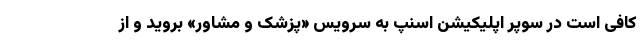
کافی است در سوپر اپلیکیشن اسنپ به سرویس «پزشک و مشاور» بروید و از